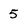
Character: 5